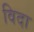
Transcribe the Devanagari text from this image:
विदा